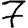
Digit: 7